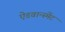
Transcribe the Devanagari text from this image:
ऐडवान्स्मेंट